Annual report of the Punjab Veterinary College and of the Civil Veterinary Department, Punjab - 1920-1925
Year: 1920
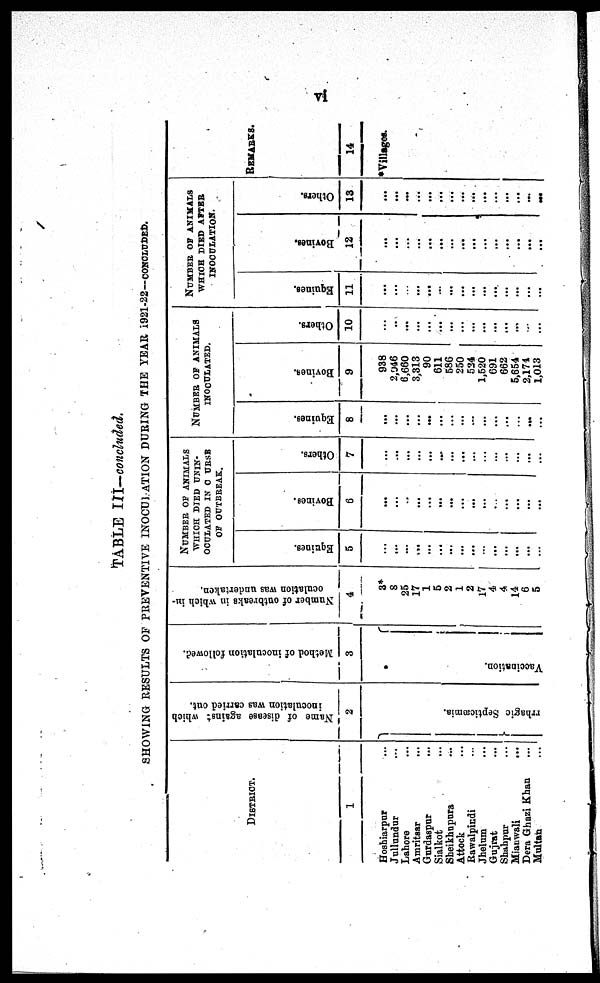
vi
TABLE III—concluded.
SHOWI NG RESULTS OF PREVENTIVE INOCULATION DURI NG T H E YEAR 1921- 22—CONCLUDED.
DI STRI CT.
1
Hoshiarpur ...
Jullundur ...
Lahore ...
Amritsar ...
Gurdaspur ...
Sialkot ...
Sheikhupura ...
At t ock ...
Rawal pi ndi ...
Jhel um ...
Gujrat ...
Shahpur ...
Mi anwal i
...
Dera Ghazi Khan ...
Mul t an . . .
Name of disease against which
inoculation was carried out.
2
} rrhagic Se ptic
æmia .
Method of inoculation followed.
3
Va c c i
na t
i
on.
Number of outbreaks in which in-
oculation was undertaken.
4
3*
8
25
17
1
5
2
1
2
17
4
4
14
6
5
NUMBER OF ANI MALS
WHI CH DI ED UNI N-
OCULATED I N COURSR
O F OUTBREAK.
Equines.
5
...
...
...
...
...
...
...
...
...
...
...
...
...
...
...
Bovines.
6
...
... ...
...
...
...
...
...
...
...
... ...
...
...
...
Others.
7
...
...
...
...
...
...
...
...
...
...
...
...
...
...
...
NUMBER O F ANI MALS
I NOCULATED.
Equines.
8
...
...
...
...
...
...
...
...
...
...
...
...
...
...
...
Bovines.
9
938
2, 046
6, 660
3, 313
90
611
586
250
524
1, 520
691
662
5, 654
2, 174
1, 013
Others.
10
...
..
...
...
...
...
...
...
...
...
...
...
...
...
...
NUMBER O F ANI MALS
WHI CH DI ED AFTER
I NOCULATI ON.
Equines.
11
...
...
...
...
...
....
...
...
...
...
...
...
...
...
...
Bovines.
12
...
...
...
...
...
...
...
...
...
...
...
...
...
...
...
Others.
13
...
...
...
...
...
...
...
...
...
...
...
...
...
...
...
REMARKS.
14
*Villages.